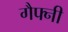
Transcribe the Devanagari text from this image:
गैफ्नी